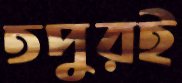
তপুরই